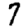
Digit: 7